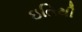
ઇતિથી